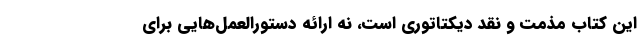
این کتاب مذمت و نقد دیکتاتوری است، نه ارائه دستورالعمل‌هایی برای